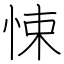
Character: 悚